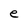
Character: e